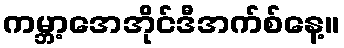
ကမ္ဘာ့အေအိုင်ဒီအက်စ်နေ့။